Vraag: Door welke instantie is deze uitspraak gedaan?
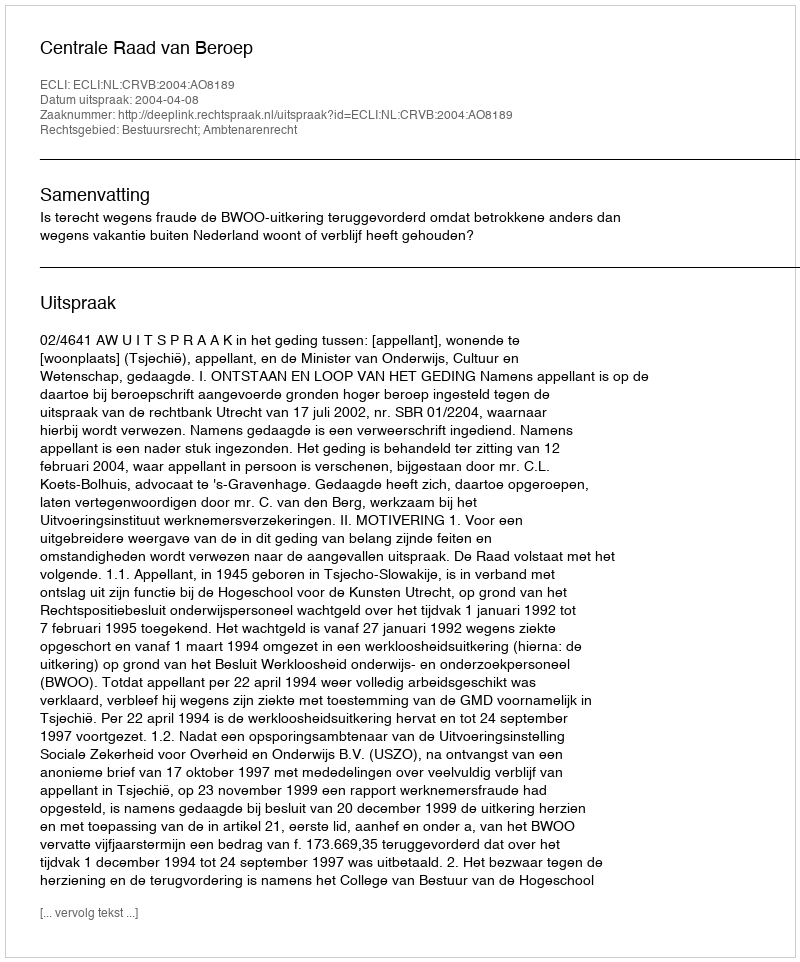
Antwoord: Centrale Raad van Beroep